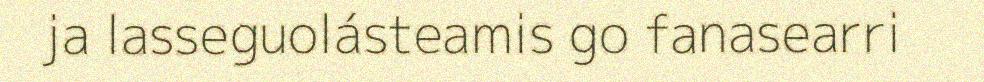
ja lasseguolásteamis go fanasearri